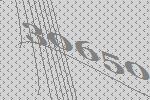
30650